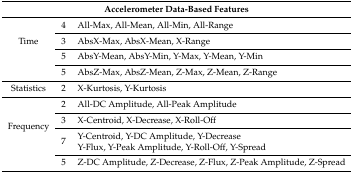
<table><thead><tr><td colspan="3"><b>Accelerometer Data-Based Features</b></td></tr></thead><tbody><tr><td rowspan="4">Time</td><td>4</td><td>All-Max, All-Mean, All-Min, All-Range</td></tr><tr><td>3</td><td>AbsX-Max, AbsX-Mean, X-Range</td></tr><tr><td>5</td><td>AbsY-Mean, AbsY-Min, Y-Max, Y-Mean, Y-Min</td></tr><tr><td>5</td><td>AbsZ-Max, AbsZ-Mean, Z-Max, Z-Mean, Z-Range</td></tr><tr><td>Statistics</td><td>2</td><td>X-Kurtosis, Y-Kurtosis</td></tr><tr><td rowspan="5">Frequency</td><td>2</td><td>All-DC Amplitude, All-Peak Amplitude</td></tr><tr><td>3</td><td>X-Centroid, X-Decrease, X-Roll-Off</td></tr><tr><td rowspan="2">7</td><td>Y-Centroid, Y-DC Amplitude, Y-Decrease</td></tr><tr><td>Y-Flux, Y-Peak Amplitude, Y-Roll-Off, Y-Spread</td></tr><tr><td>5</td><td>Z-DC Amplitude, Z-Decrease, Z-Flux, Z-Peak Amplitude, Z-Spread</td></tr></tbody></table>